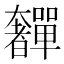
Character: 奲